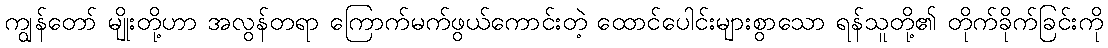
ကျွန်တော် မျိုးတို့ဟာ အလွန်တရာ ကြောက်မက်ဖွယ်ကောင်းတဲ့ ထောင်ပေါင်းများစွာသော ရန်သူတို့၏ တိုက်ခိုက်ခြင်းကို